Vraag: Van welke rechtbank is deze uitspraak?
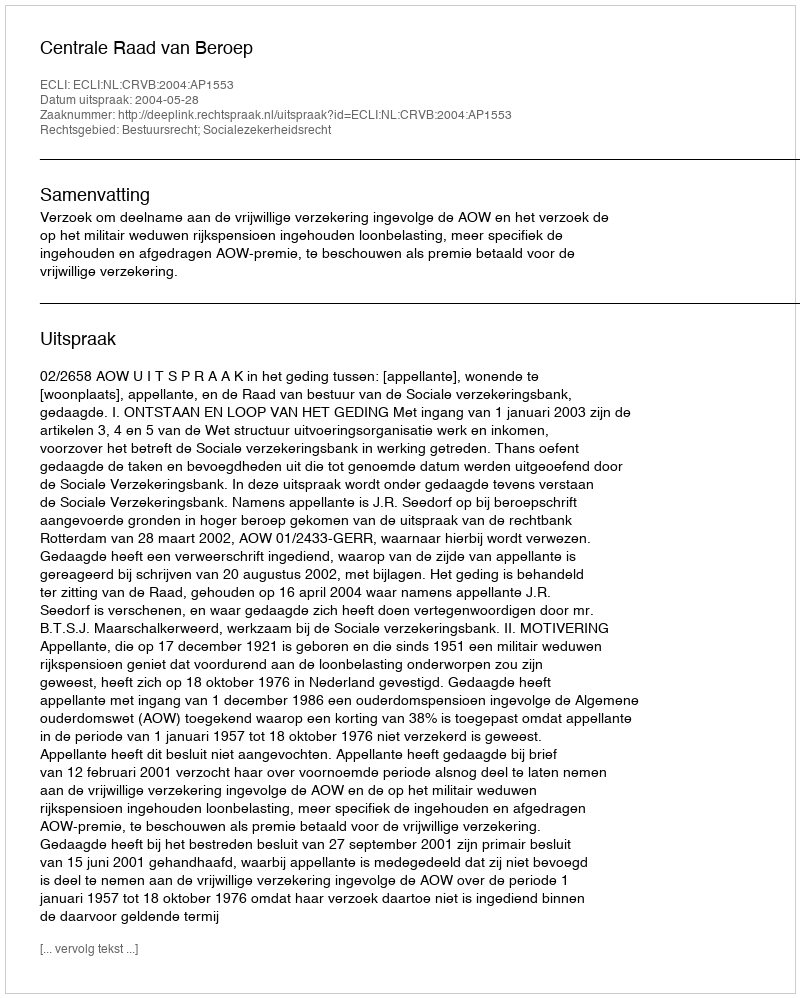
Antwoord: Centrale Raad van Beroep